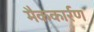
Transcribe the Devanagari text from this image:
मैककार्रण